Leaving Certificate Examination (including Day School Certificate (Higher) General paper), 1935
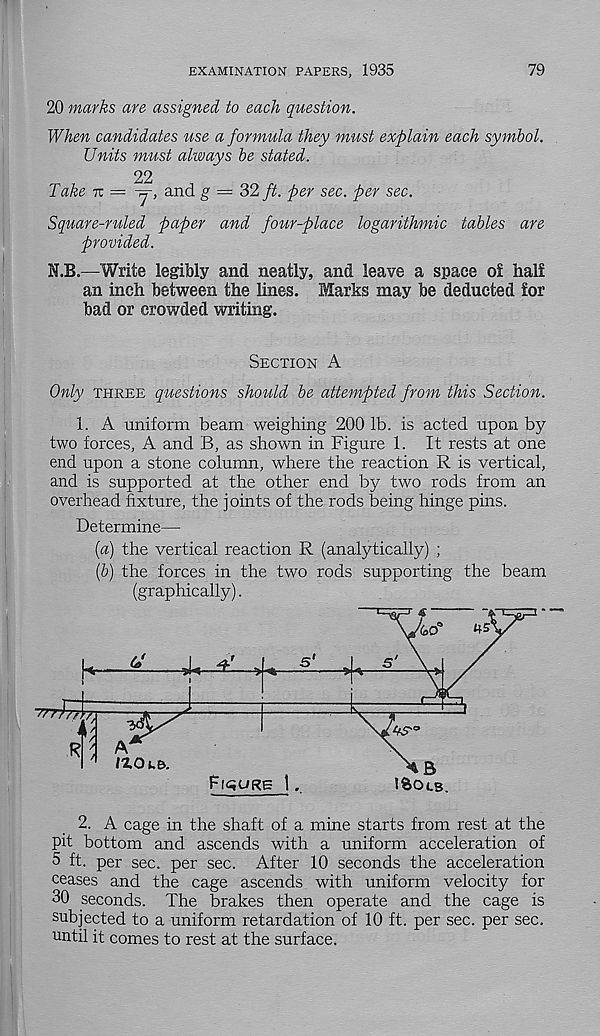
EXAMINATION PAPERS, 1935
79
20 marks are assigned to each question.
When candidates use a formula they must explain each symbol.
Units must always be stated.
22
Take tt =
and g = 32 ft. per sec. per sec.
Square-ruled paper and four-place logarithmic tables are
provided.
H.B.—Write legibly and neatly, and leave a space of half
an inch between the lines. Marks may be deducted for
bad or crowded writing.
Section A
Only three questions should be attempted from this Section.
1. A uniform beam weighing 2001b. is acted upon by
two forces, A and B, as shown in Figure 1. It rests at one
end upon a stone column, where the reaction R is vertical,
and is supported at the other end by two rods from an
overhead fixture, the joints of the rods being hinge pins.
Determine—
[a) the vertical reaction R (analytically) ;
[b) the forces in the two rods supporting the beam
(graphically).
5 ft. per sec. per sec. After 10 seconds the acceleration
ceases and the cage ascends with uniform velocity for
30 seconds. The brakes then operate and the cage is
subjected to a uniform retardation of 10 ft. per sec. per sec.
until it comes to rest at the surface.